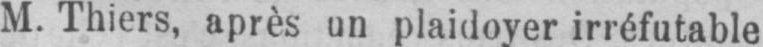
M. Thiers, après un plaidoyer irréfutable